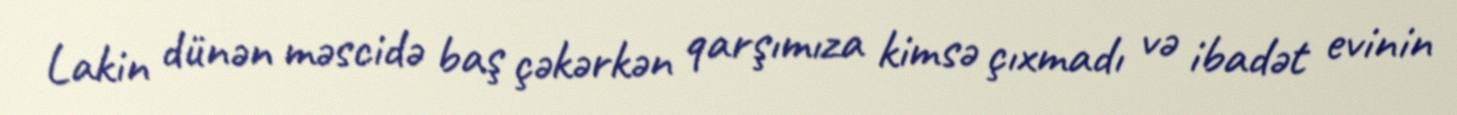
Lakin dünən məscidə baş çəkərkən qarşımıza kimsə çıxmadı və ibadət evinin